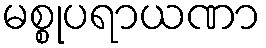
မစ္စုပရာယဏာ